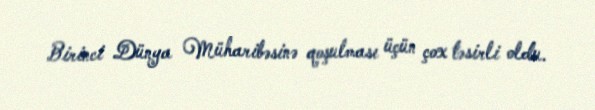
Birinci Dünya Müharibəsinə qoşulması üçün çox təsirli oldu.